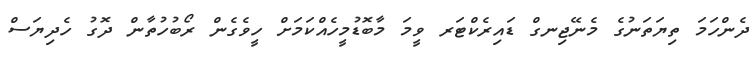
ދެންހަމަ ތިޔަތަނުގެ މެނޭޖިނގް ޑައިރެކްޓަރ ވީމަ މާބޮޑުމީހެއްކަމަށް ހީވެގެން ރޯބުހުތާން ދޮގު ހެދިޔަސް